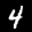
Label: 4